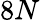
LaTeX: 8N